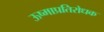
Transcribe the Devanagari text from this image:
ऊष्माप्रतिरोधक